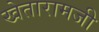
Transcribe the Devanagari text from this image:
खेतारामजी